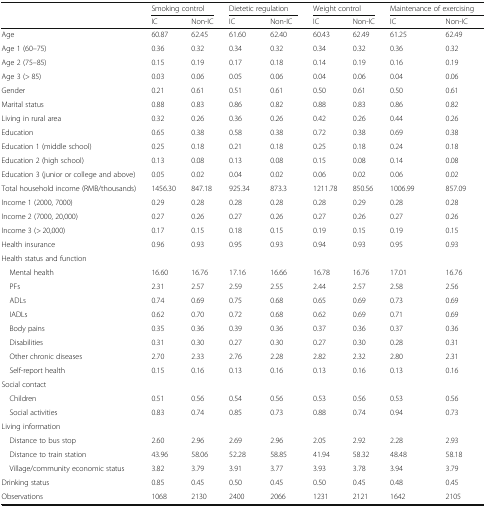
<table><thead><tr><td></td><td colspan="2"><b>Smoking control</b></td><td colspan="2"><b>Dietetic regulation</b></td><td colspan="2"><b>Weight control</b></td><td colspan="2"><b>Maintenance of exercising</b></td></tr><tr><td></td><td><b>IC</b></td><td><b>Non-IC</b></td><td><b>IC</b></td><td><b>Non-IC</b></td><td><b>IC</b></td><td><b>Non-IC</b></td><td><b>IC</b></td><td><b>Non-IC</b></td></tr></thead><tbody><tr><td>Age</td><td>60.87</td><td>62.45</td><td>61.60</td><td>62.40</td><td>60.43</td><td>62.49</td><td>61.25</td><td>62.49</td></tr><tr><td>Age 1 (60–75)</td><td>0.36</td><td>0.32</td><td>0.34</td><td>0.32</td><td>0.34</td><td>0.32</td><td>0.36</td><td>0.32</td></tr><tr><td>Age 2 (75–85)</td><td>0.15</td><td>0.19</td><td>0.17</td><td>0.18</td><td>0.14</td><td>0.19</td><td>0.16</td><td>0.19</td></tr><tr><td>Age 3 (&gt; 85)</td><td>0.03</td><td>0.06</td><td>0.05</td><td>0.06</td><td>0.04</td><td>0.06</td><td>0.04</td><td>0.06</td></tr><tr><td>Gender</td><td>0.21</td><td>0.61</td><td>0.51</td><td>0.61</td><td>0.50</td><td>0.61</td><td>0.50</td><td>0.61</td></tr><tr><td>Marital status</td><td>0.88</td><td>0.83</td><td>0.86</td><td>0.82</td><td>0.88</td><td>0.83</td><td>0.86</td><td>0.82</td></tr><tr><td>Living in rural area</td><td>0.32</td><td>0.26</td><td>0.36</td><td>0.26</td><td>0.42</td><td>0.26</td><td>0.44</td><td>0.26</td></tr><tr><td>Education</td><td>0.65</td><td>0.38</td><td>0.58</td><td>0.38</td><td>0.72</td><td>0.38</td><td>0.69</td><td>0.38</td></tr><tr><td>Education 1 (middle school)</td><td>0.25</td><td>0.18</td><td>0.21</td><td>0.18</td><td>0.25</td><td>0.18</td><td>0.24</td><td>0.18</td></tr><tr><td>Education 2 (high school)</td><td>0.13</td><td>0.08</td><td>0.13</td><td>0.08</td><td>0.15</td><td>0.08</td><td>0.14</td><td>0.08</td></tr><tr><td>Education 3 (junior or college and above)</td><td>0.05</td><td>0.02</td><td>0.04</td><td>0.02</td><td>0.06</td><td>0.02</td><td>0.06</td><td>0.02</td></tr><tr><td>Total household income (RMB/thousands)</td><td>1456.30</td><td>847.18</td><td>925.34</td><td>873.3</td><td>1211.78</td><td>850.56</td><td>1006.99</td><td>857.09</td></tr><tr><td>Income 1 (2000, 7000)</td><td>0.29</td><td>0.28</td><td>0.28</td><td>0.28</td><td>0.28</td><td>0.29</td><td>0.28</td><td>0.28</td></tr><tr><td>Income 2 (7000, 20,000)</td><td>0.27</td><td>0.26</td><td>0.27</td><td>0.26</td><td>0.27</td><td>0.26</td><td>0.27</td><td>0.26</td></tr><tr><td>Income 3 (&gt; 20,000)</td><td>0.17</td><td>0.15</td><td>0.18</td><td>0.15</td><td>0.19</td><td>0.15</td><td>0.19</td><td>0.15</td></tr><tr><td>Health insurance</td><td>0.96</td><td>0.93</td><td>0.95</td><td>0.93</td><td>0.94</td><td>0.93</td><td>0.95</td><td>0.93</td></tr><tr><td>Health status and function</td><td></td><td></td><td></td><td></td><td></td><td></td><td></td><td></td></tr><tr><td> Mental health</td><td>16.60</td><td>16.76</td><td>17.16</td><td>16.66</td><td>16.78</td><td>16.76</td><td>17.01</td><td>16.76</td></tr><tr><td> PFs</td><td>2.31</td><td>2.57</td><td>2.59</td><td>2.55</td><td>2.44</td><td>2.57</td><td>2.58</td><td>2.56</td></tr><tr><td> ADLs</td><td>0.74</td><td>0.69</td><td>0.75</td><td>0.68</td><td>0.65</td><td>0.69</td><td>0.73</td><td>0.69</td></tr><tr><td> IADLs</td><td>0.62</td><td>0.70</td><td>0.72</td><td>0.68</td><td>0.62</td><td>0.69</td><td>0.71</td><td>0.69</td></tr><tr><td> Body pains</td><td>0.35</td><td>0.36</td><td>0.39</td><td>0.36</td><td>0.37</td><td>0.36</td><td>0.37</td><td>0.36</td></tr><tr><td> Disabilities</td><td>0.31</td><td>0.30</td><td>0.27</td><td>0.30</td><td>0.27</td><td>0.30</td><td>0.28</td><td>0.31</td></tr><tr><td> Other chronic diseases</td><td>2.70</td><td>2.33</td><td>2.76</td><td>2.28</td><td>2.82</td><td>2.32</td><td>2.80</td><td>2.31</td></tr><tr><td> Self-report health</td><td>0.15</td><td>0.16</td><td>0.13</td><td>0.16</td><td>0.13</td><td>0.16</td><td>0.13</td><td>0.16</td></tr><tr><td>Social contact</td><td></td><td></td><td></td><td></td><td></td><td></td><td></td><td></td></tr><tr><td> Children</td><td>0.51</td><td>0.56</td><td>0.54</td><td>0.56</td><td>0.53</td><td>0.56</td><td>0.53</td><td>0.56</td></tr><tr><td> Social activities</td><td>0.83</td><td>0.74</td><td>0.85</td><td>0.73</td><td>0.88</td><td>0.74</td><td>0.94</td><td>0.73</td></tr><tr><td>Living information</td><td></td><td></td><td></td><td></td><td></td><td></td><td></td><td></td></tr><tr><td> Distance to bus stop</td><td>2.60</td><td>2.96</td><td>2.69</td><td>2.96</td><td>2.05</td><td>2.92</td><td>2.28</td><td>2.93</td></tr><tr><td> Distance to train station</td><td>43.96</td><td>58.06</td><td>52.28</td><td>58.85</td><td>41.94</td><td>58.32</td><td>48.48</td><td>58.18</td></tr><tr><td> Village/community economic status</td><td>3.82</td><td>3.79</td><td>3.91</td><td>3.77</td><td>3.93</td><td>3.78</td><td>3.94</td><td>3.79</td></tr><tr><td>Drinking status</td><td>0.85</td><td>0.45</td><td>0.50</td><td>0.45</td><td>0.50</td><td>0.45</td><td>0.48</td><td>0.45</td></tr><tr><td>Observations</td><td>1068</td><td>2130</td><td>2400</td><td>2066</td><td>1231</td><td>2121</td><td>1642</td><td>2105</td></tr></tbody></table>